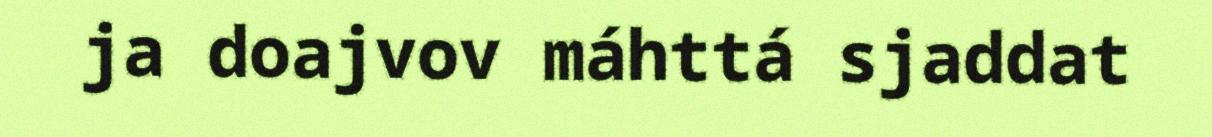
ja doajvov máhttá sjaddat